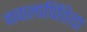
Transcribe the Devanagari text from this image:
नवालापितिया